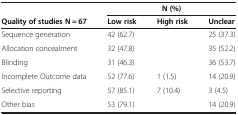
|  | <COLSPAN=3> N (%) |
 | Quality of studies N = 67 | Low risk | High risk | Unclear |
 | --- | --- | --- | --- |
 | Sequence generation | 42 (62.7) |  | 25 (37.3) |
 | Allocation concealment | 32 (47.8) |  | 35 (52.2) |
 | Blinding | 31 (46.3) |  | 36 (53.7) |
 | Incomplete Outcome data | 52 (77.6) | 1 (1.5) | 14 (20.9) |
 | Selective reporting | 57 (85.1) | 7 (10.4) | 3 (4.5) |
 | Other bias | 53 (79.1) |  | 14 (20.9) |